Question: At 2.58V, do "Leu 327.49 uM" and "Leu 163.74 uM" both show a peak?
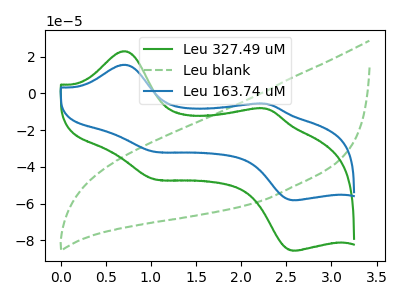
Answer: <think>The green curve "Leu 327.49 uM" has anodic peaks at (0.70V, 23.05uA) (2.30V, -8.30uA) and cathodic peaks at (1.05V, -46.80uA) (2.60V, -85.75uA). The green dashed curve "Leu blank" has no peaks. The blue curve "Leu 163.74 uM" has anodic peaks at (0.70V, 15.65uA) (2.30V, -5.65uA) and cathodic peaks at (1.05V, -31.80uA) (2.60V, -58.20uA).</think>
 <answer>Yes, "Leu 327.49 uM" and "Leu 163.74 uM" share a peak at 2.58V.</answer>
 <eval>match</eval>